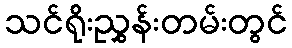
သင်ရိုးညွှန်းတမ်းတွင်